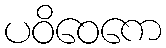
ပဝိဝေကေ